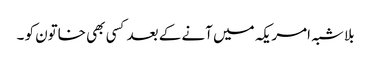
بلا شبہ امریکہ میں آنے کے بعد کسی بھی خاتون کو ۔